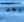
بعد